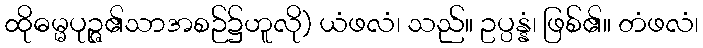
ထိုဓမ္မပုဉ္ဇ၏သာအစဉ်၌ဟူလို) ယံဖလံ၊ သည်။ ဥပ္ပန္နံ၊ ဖြစ်၏။ တံဖလံ၊